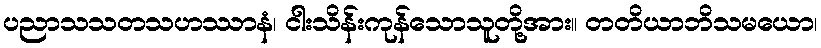
ပညာသသတသဟဿာနံ၊ ငါးသိန်းကုန်သောသူတို့အား။ တတိယာဘိသမယော၊